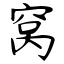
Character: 窝